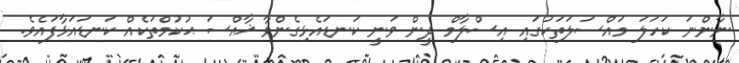
ނާންނަ ކަހަލަ މައްސަލަތަކުގައި އިސްލާމް ދީން ވަނީ ކަނޑައެޅިގެންވާ ޚާއްސަ ޙުކުމްތަކެއް ކަނޑައަޅާފައެވެ.